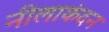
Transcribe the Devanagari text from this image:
नीलाकंदन